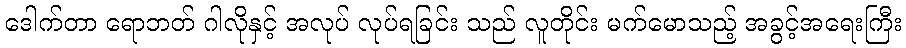
ဒေါက်တာ ရောဘတ် ဂါလိုနှင့် အလုပ် လုပ်ရခြင်း သည် လူတိုင်း မက်မောသည့် အခွင့်အရေးကြီး